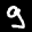
Label: 9